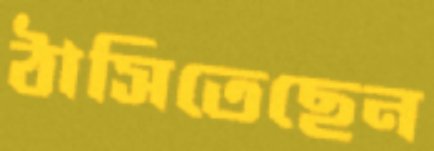
ঠাসিতেছেন